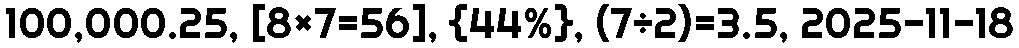
100,000.25, [8×7=56], {44%}, (7÷2)=3.5, 2025-11-18